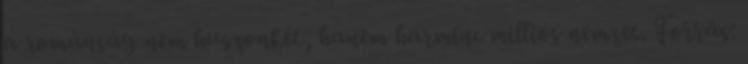
a románság nem huszonkét, hanem harminc milliós nemzet. Forrás: